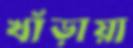
খাঁড়ায়া